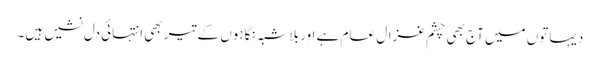
دیہاتوں میں آج بھی چشم غزال عام ہے اور بلاشبہ نگاہوں کے تیر بھی انتہائی دل نشیں ہیں۔